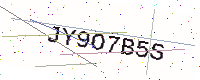
Text: JY9O7B5S